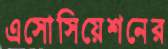
এসোসিয়েশনের